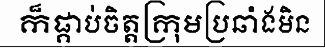
ក៏ផ្គាប់ចិត្តក្រុមប្រឆាំងមិន